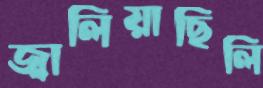
জ্বালিয়াছিলি